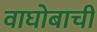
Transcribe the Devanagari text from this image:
वाघोबाची